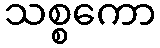
သစ္စကော